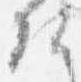
候